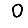
Digit: 0